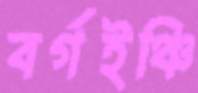
বর্গইঞ্চি